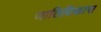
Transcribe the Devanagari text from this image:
जातिविकास